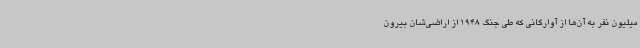
میلیون نفر به آن‌ها از آوارگانی که طی جنگ 1948 از اراضی‌شان بیرون